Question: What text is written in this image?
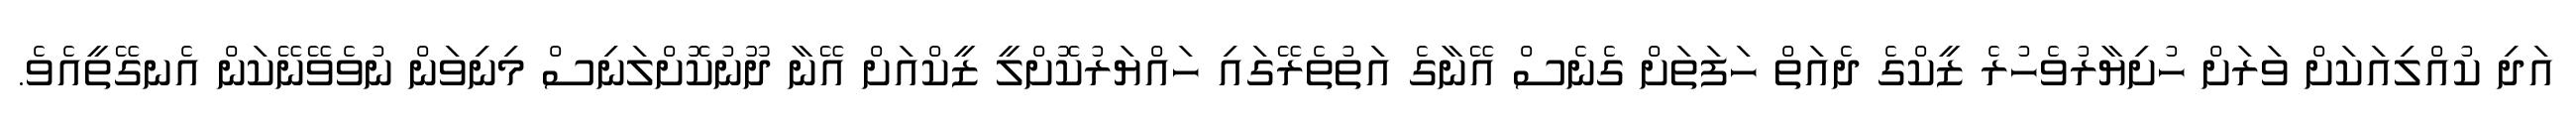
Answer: އަދި ކުއްލިއަކަށް ވަރަށް ހުށިޔާރުވެހުރެ ޒީކްގެ ދެއަތް ހަފަތަށް ގެނެސް އޭނާގެ އަތުތެރޭގައި ހައްޔަރުކޮށްލީ ޒީކްއަށް އޭނާ ދޫނުކޮށްލަނިސް މިނިވަން ނުވެވޭނޭކަން އެނގޭތީއެވެ.